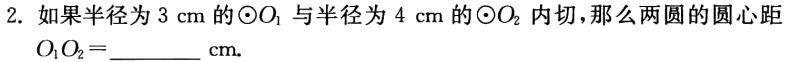
2. 如果半径为\(3\mathrm{cm}\)的\(\odot O_{1}\)与半径为\(4\mathrm{cm}\)的\(\odot O_{2}\)内切，那么两圆的圆心距\(O_{1}O_{2}=\)______\(\mathrm{cm}\).